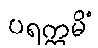
ပရက္ကမိံ